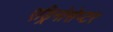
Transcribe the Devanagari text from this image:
एड्रिनोसेप्टर